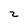
Character: z